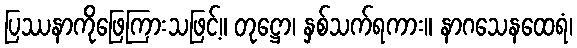
ပြဿနာကိုဖြေကြားသဖြင့်။ တုဋ္ဌော၊ နှစ်သက်ရကား။ နာဂသေနထေရံ၊